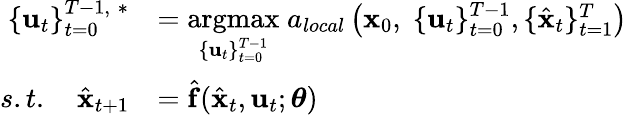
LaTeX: \begin{array}{rl}{\{ \mathbf{u}_{t}\} _{t=0}^{T-1,\; *}}&{=\underset{\{ \mathbf{u}_{t}\} _{t=0}^{T-1}}{\mathrm{argmax}}\; a_{local}\left(\mathbf{x}_{0},\; \{ \mathbf{u}_{t}\} _{t=0}^{T-1},\{ \hat{\mathbf{x}}_{t}\} _{t=1}^{T}\right)}\\ {s.t.\quad\hat{\mathbf{x}}_{t+1}}&{=\hat{\mathbf{f}}(\hat{\mathbf{x}}_{t},\mathbf{u}_{t};\boldsymbol{\theta})}\end{array}